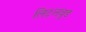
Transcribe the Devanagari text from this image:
लिट्लवुड